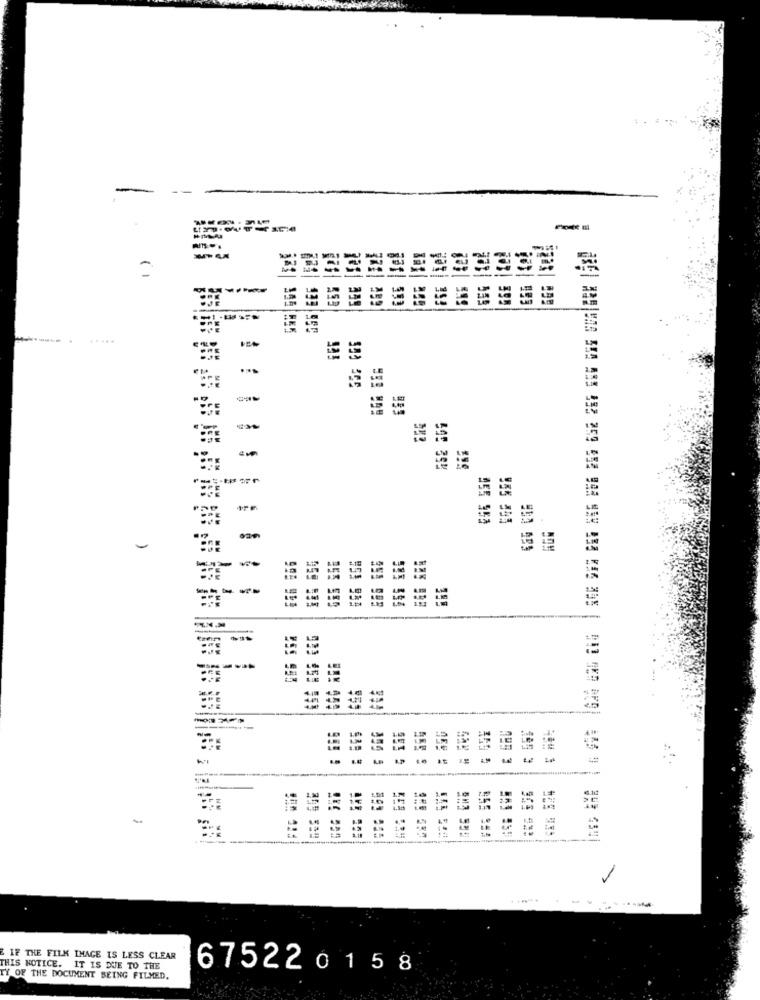
-
=
.....
..
-
-
-
955 950
355 555
059 955
959 959
--
IF THE FILM IMAGE IS LESS CLEAR
THIS NOTICE. IT IS DUE TO THE
675220158
TY OF THE DOCUMENT BEING FILMED.